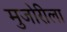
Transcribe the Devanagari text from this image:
मुजोरीला